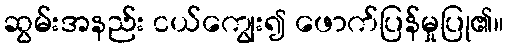
ဆွမ်းအနည်း ငယ်ကျွေး၍ ဖောက်ပြန်မှုပြု၏။